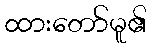
ထားတော်မူ၏